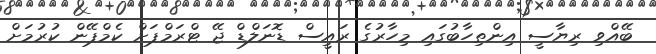
ބޭއްވި ރިޔާސީ އިންތިހާބުގައި މިހާރުގެ ރައީސް ޑޮނަލްޑް ޖޭ ޓްރަމްޕަށް ކެމްޕޭން ކުރުމަށް